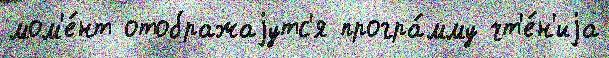
мом'е́нт отображаjутс'я програ́мму чт'е́н'иjа